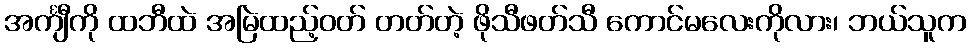
အင်္ကျီကို ထဘီထဲ အမြဲထည့်ဝတ် တတ်တဲ့ ဖိုသီဖတ်သီ ကောင်မလေးကိုလား၊ ဘယ်သူက